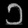
Digit: ၁